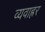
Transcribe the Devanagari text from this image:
व्यवाह्रर